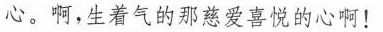
心。啊，生着气的那慈爱喜悦的心啊！